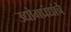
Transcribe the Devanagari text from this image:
उद्योगधंद्यांचे